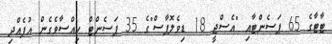
ޓާޓާގެ 65 ޕަސެންޓާއި "އެސްޖީ 18 ޑިވެލޮޕާސް"ގެ 35 ޕަސެންޓް ހިއްސާވެގެން އުފެއްދި